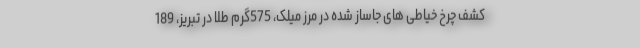
کشف چرخ خیاطی های جاساز شده در مرز میلک، 575گرم طلا در تبریز، 189